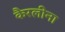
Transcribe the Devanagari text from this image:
कैरलीना